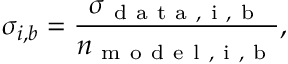
\sigma _ { i , b } = \frac { \sigma _ { \mathrm { ~ d ~ a ~ t ~ a ~ , ~ i ~ , ~ b ~ } } } { n _ { \mathrm { ~ m ~ o ~ d ~ e ~ l ~ , ~ i ~ , ~ b ~ } } } ,